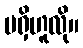
မရှိဟူလို။